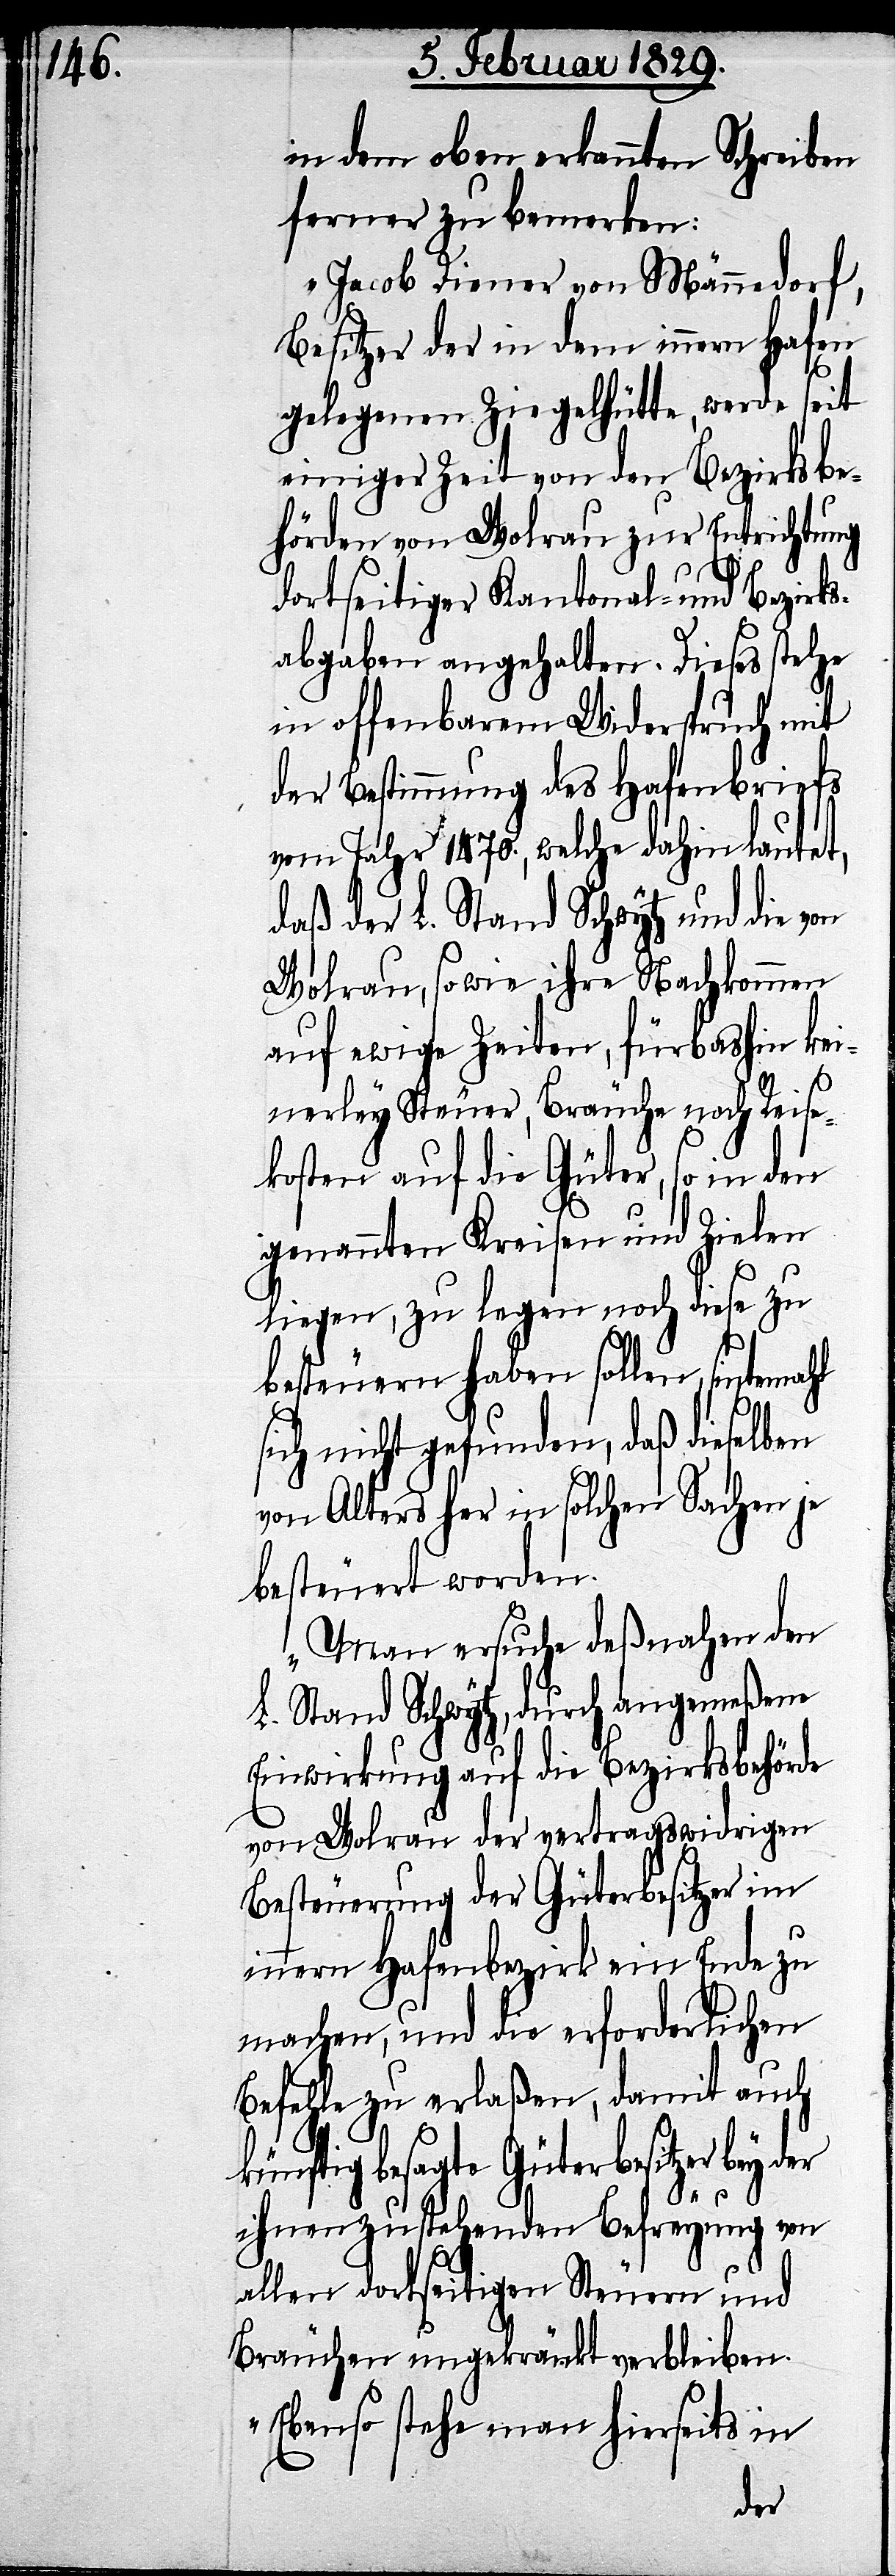
in dem oben erkannten Schreiben
ferner zu bemerken:
„Jacob Diener von Männedorf,
Besitzer der in dem innern Hafen
gelegenen Ziegelhütte, werde seit
einiger Zeit von den Bezirksbe¬
hörden von Wolrau zur Entrichtung
dortseitiger Kantonal- und Bezirk¬
sabgaben angehalten. Diese stehe
in offenbarem Widerspruch mit
der Bestimmung des Hafenbriefs
vom Jahr 1470., welcher dahin lautet,
daß der L. Stand Schwytz und die von
Wolrau, so wie ihre Nachkommen
auf ewige Zeiten, für bashin kei¬
hl
nerley Steuer, Bräuche noch Reise¬
kosten auf die Güter, so in den
genannten Kreisen und Zielen
liegen, zu legen noch diese zu
besteuern haben sollen, sintema¬
sich nicht gefunden, daß dieselben
von Alters her in solchen Sachen je
besteuert worden.
Man ersuche deßnahen den
L. Stand Schwyz, durch angemeßene
Einwirkung auf die Bezirksbehörde
von Wolrau der vertragswidrigen
Besteuerung der Güterbesitzer im
innern Hafenbezirk ein Ende zu
machen, und die erforderlichen
Befehle zu erlaßen, damit auch
künftig besagte Güterbesitzer bey
ihnen zustehenden Befreyung von
allen dortseitigen Steuern und
Bräuchen ungekränkt verbleiben.
Ebenso stehe man hierseits in
der